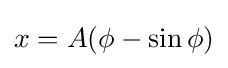
x=A(\phi -\sin \phi )